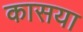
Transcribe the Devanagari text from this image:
कासया